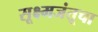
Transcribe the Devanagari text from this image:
सूक्ष्मजंतूचा